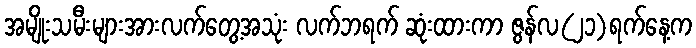
အမျိုးသမီးများအားလက်တွေ့အသုံး လက်ဘရက် ဆုံးထားကာ ဇွန်လ(၂၁)ရက်နေ့က